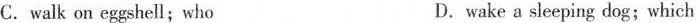
C. walk on eggshell；who D.wake a sleeping dog；which